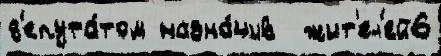
д'епута́том назна́чив  жит'ел'ей6